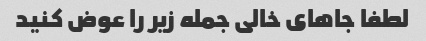
لطفا جاهای خالی جمله زیر را عوض کنید